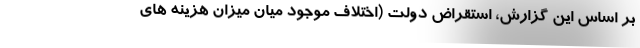
بر اساس این گزارش، استقراض دولت (اختلاف موجود میان میزان هزینه های